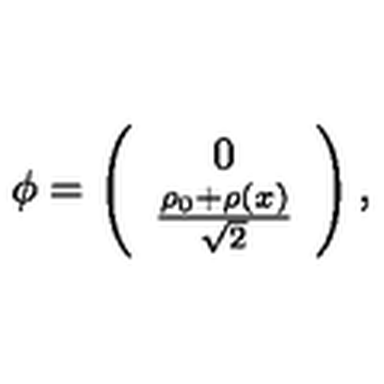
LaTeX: { \phi } = \left( \begin{array} { c l } { 0 } \\ { \frac { \rho _ { 0 } + \rho ( x ) } { \sqrt { 2 } } } \\ \end{array} \right) ,